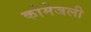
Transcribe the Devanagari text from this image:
कोमेजली